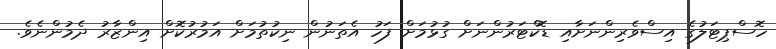
ހޮސްޕިޓަލުގެ އިސްވެރިންނަށާއި ޑޮކްޓަރުންނަށް ގުޅުމަށް ފަހު އެތަނުން ނިކުތުމަށް އަމުރުކޮށް އިންޒާރު ދެމުންނެވެ.